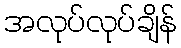
အလုပ်လုပ်ချိန်